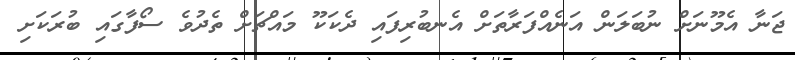
ޖަނާ އެމޫނަށް ނުބަލަން އަނެއްފަރާތަށް އެނބުރިފައި ދެކަކޫ މައްޗަށް ތެދުވެ ސޯފާގައި ބުރަކަށި